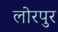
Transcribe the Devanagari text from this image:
लोरपुर